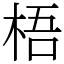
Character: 梧